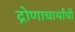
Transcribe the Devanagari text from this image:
द्रोणाचार्यांची